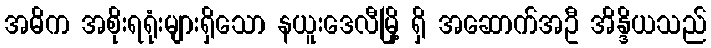
အဓိက အစိုးရရုံးများရှိသော နယူးဒေလီမြို့ ရှိ အဆောက်အဦ အိန္ဒိယသည်